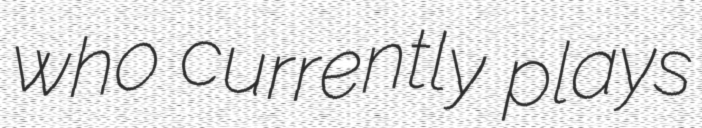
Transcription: who currently plays